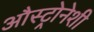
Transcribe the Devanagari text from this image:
औस्ट्रोनेशी